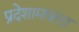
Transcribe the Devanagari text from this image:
प्रदेशामधला